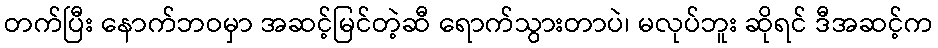
တက်ပြီး နောက်ဘဝမှာ အဆင့်မြင်တဲ့ဆီ ရောက်သွားတာပဲ၊ မလုပ်ဘူး ဆိုရင် ဒီအဆင့်က